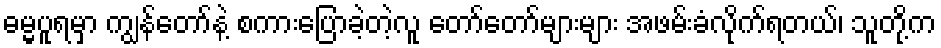
ဓမ္မပူရမှာ ကျွန်တော်နဲ့ စကားပြောခဲ့တဲ့လူ တော်တော်များများ အဖမ်းခံလိုက်ရတယ်၊ သူတို့က